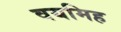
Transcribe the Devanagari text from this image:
वयमिह